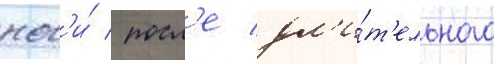
ног'и́ / посл'е дл'и́т'ельного